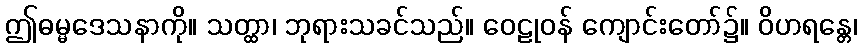
ဤဓမ္မဒေသနာကို။ သတ္ထာ၊ ဘုရားသခင်သည်။ ဝေဠုဝန် ကျောင်းတော်၌။ ဝိဟရန္တေ၊